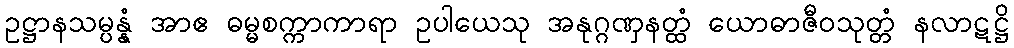
ဥဋ္ဌာနသမ္ပန္နံ အာဧ ဓမ္မစက္ကာကာရာ ဥပါယေသု အနုဂ္ဂဏှနတ္ထံ ယောဓာဇီဝသုတ္တံ နလာဋဋ္ဌိ